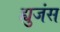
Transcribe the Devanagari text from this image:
ह्युजंस